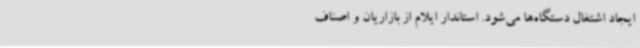
ایجاد اشتغال دستگاه‌ها می‌شود. استاندار ایلام از بازاریان و اصناف